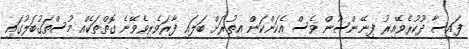
ފައިސާ ދޫކުރެވޭއިރު ފިނޭންސުން ވެސް އެކަންކަން އިތުރަށް ބަލައި ފާރަވެރިވެވޭނެ ގޮތްތަކެއް މުސްތަގުބަލުގައި